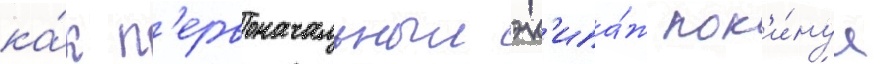
ка́к п'ервоначальныи эк'ипа́ж пок'и́нул